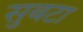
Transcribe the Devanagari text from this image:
सुबटा